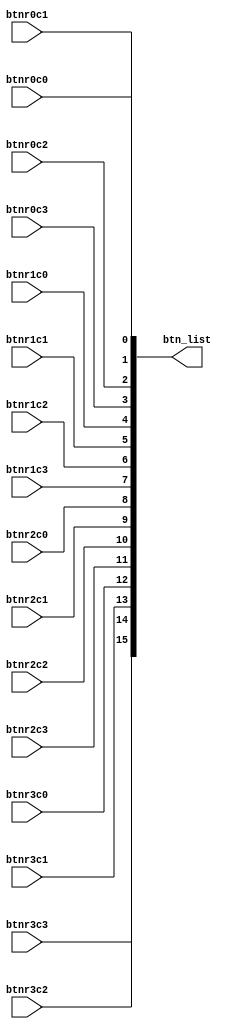
/*
   This file was generated automatically by the Mojo IDE version B1.3.6.
   Do not edit this file directly. Instead edit the original Lucid source.
   This is a temporary file and any changes made to it will be destroyed.
*/

module btn_list_58 (
    input btnr0c0,
    input btnr0c1,
    input btnr0c2,
    input btnr0c3,
    input btnr1c0,
    input btnr1c1,
    input btnr1c2,
    input btnr1c3,
    input btnr2c0,
    input btnr2c1,
    input btnr2c2,
    input btnr2c3,
    input btnr3c0,
    input btnr3c1,
    input btnr3c2,
    input btnr3c3,
    output reg [15:0] btn_list
  );
  
  
  
  always @* begin
    btn_list = {btnr3c3, btnr3c2, btnr3c1, btnr3c0, btnr2c3, btnr2c2, btnr2c1, btnr2c0, btnr1c3, btnr1c2, btnr1c1, btnr1c0, btnr0c3, btnr0c2, btnr0c1, btnr0c0};
  end
endmodule